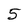
Character: 5